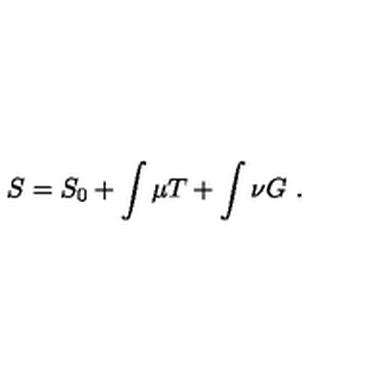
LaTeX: S = S _ { 0 } + \int \mu T + \int \nu G \ .